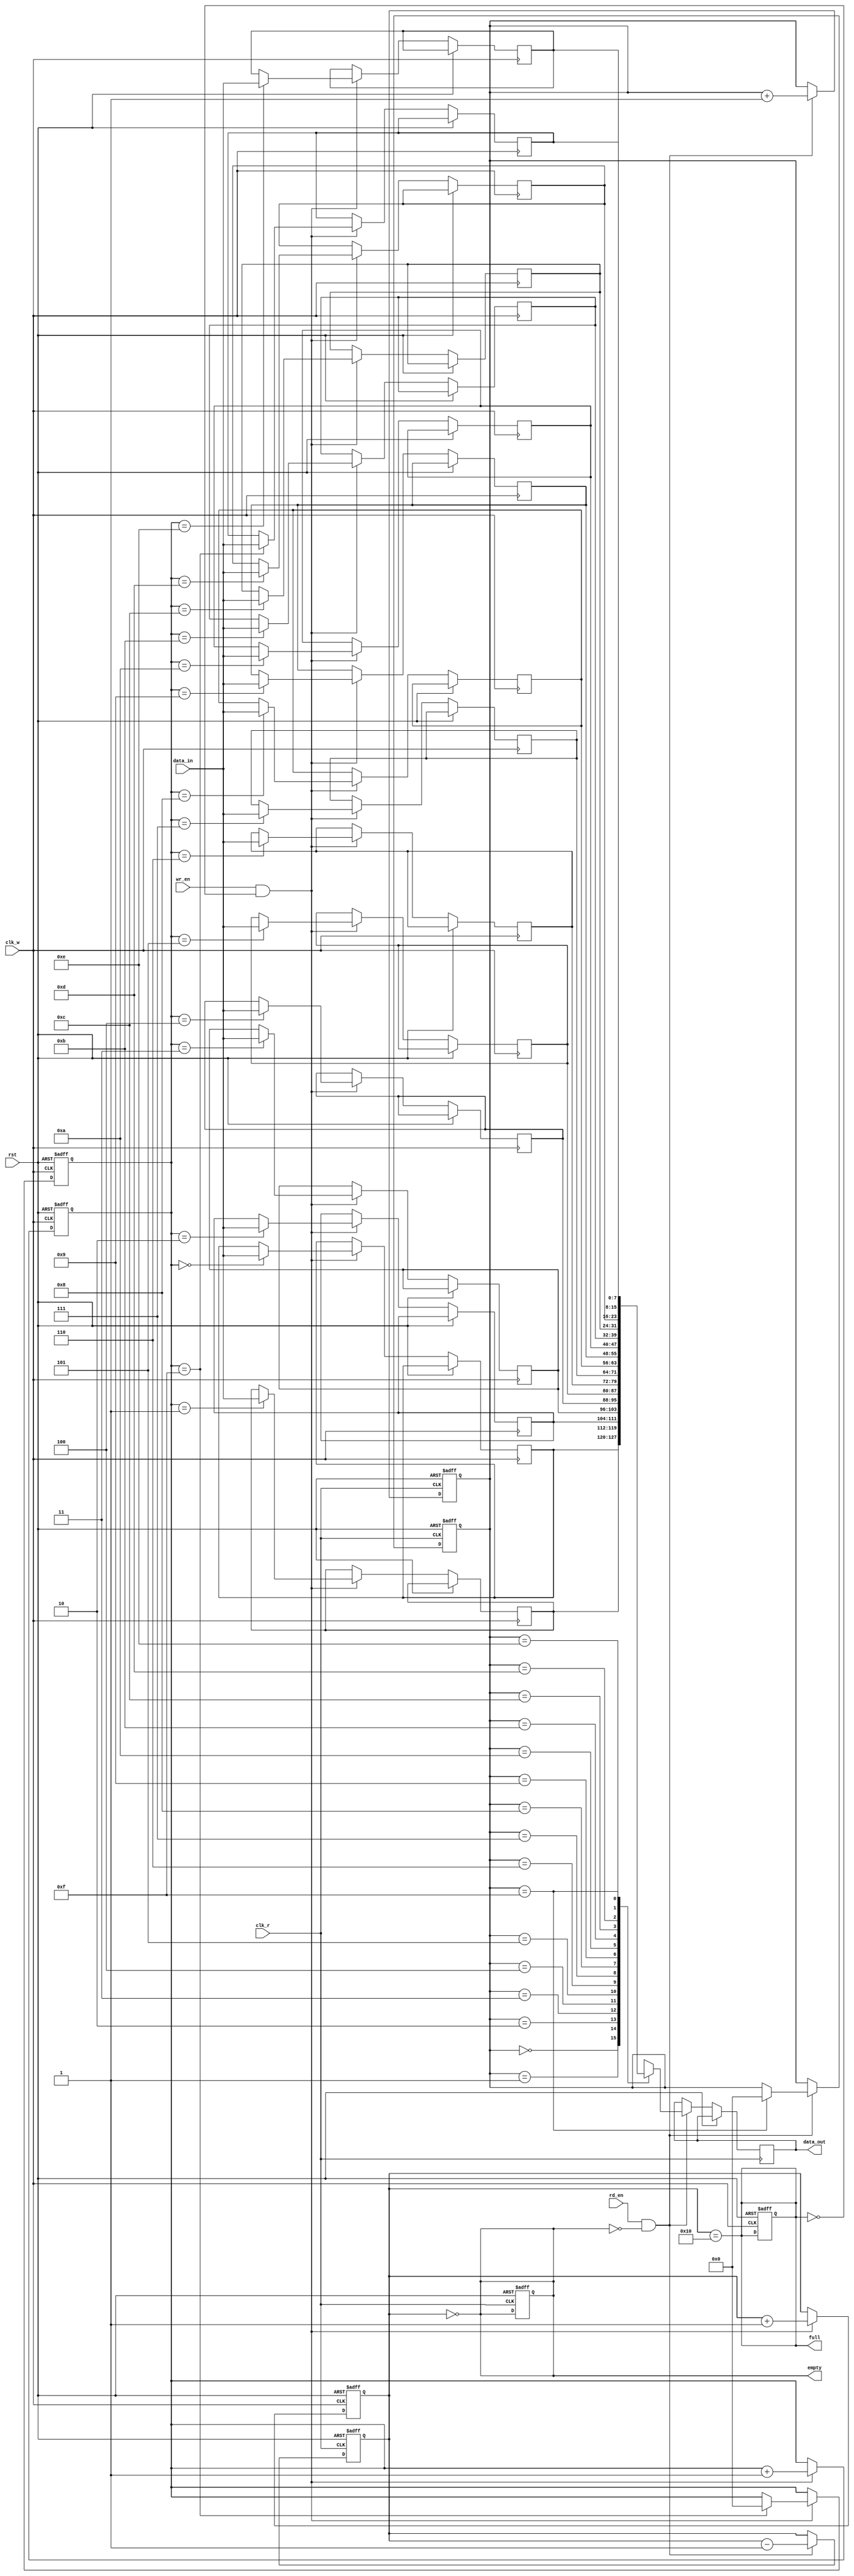
module fifo_async #(
    parameter WIDTH = 8,   // Width of each entry (in bits)
    parameter DEPTH = 16    // Depth of the FIFO (number of entries)
)(
    input  wire                clk_w,       // Write clock
    input  wire                clk_r,       // Read clock
    input  wire [WIDTH-1:0]   data_in,     // Data to write
    input  wire                wr_en,       // Write enable
    input  wire                rd_en,       // Read enable
    input  wire                rst,         // Reset
    output reg [WIDTH-1:0]     data_out,    // Data read out
    output reg                 full,        // FIFO full flag
    output reg                 empty        // FIFO empty flag
);

    reg [WIDTH-1:0] fifo_mem [0:DEPTH-1]; // FIFO memory array
    reg [$clog2(DEPTH)-1:0] wr_ptr;      // Write pointer
    reg [$clog2(DEPTH)-1:0] rd_ptr;      // Read pointer
    reg [$clog2(DEPTH+1)-1:0] count;     // Entry count

    // Reset logic
    always @(posedge clk_w or posedge rst) begin
        if (rst) begin
            wr_ptr <= 0;
            count <= 0;
            full <= 0;
        end else if (wr_en && !full) begin
            fifo_mem[wr_ptr] <= data_in; // Write data
            wr_ptr <= wr_ptr + 1;        // Increment write pointer
            count <= count + 1;          // Increment entry count
        end
    end

    // Read logic
    always @(posedge clk_r or posedge rst) begin
        if (rst) begin
            rd_ptr <= 0;
            count <= 0;
            empty <= 1;
        end else if (rd_en && !empty) begin
            data_out <= fifo_mem[rd_ptr]; // Read data
            rd_ptr <= rd_ptr + 1;         // Increment read pointer
            count <= count - 1;           // Decrement entry count
        end
    end

    // Update full and empty flags
    always @(*) begin
        full = (count == DEPTH);
        empty = (count == 0);
    end

    // Wrap pointers
    always @(posedge clk_w or posedge rst) begin
        if (rst) begin
            wr_ptr <= 0;
        end else if (wr_en && !full) begin
            if (wr_ptr == DEPTH-1)
                wr_ptr <= 0; // Wrap around
        end
    end

    always @(posedge clk_r or posedge rst) begin
        if (rst) begin
            rd_ptr <= 0;
        end else if (rd_en && !empty) begin
            if (rd_ptr == DEPTH-1)
                rd_ptr <= 0; // Wrap around
        end
    end

endmodule